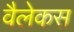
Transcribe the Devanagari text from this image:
वैलेकस